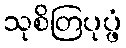
သုစိတြပုပ္ဖံ